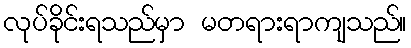
လုပ်ခိုင်းရသည်မှာ မတရားရာကျသည်။